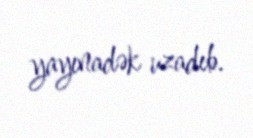
yayınadək uzadıb.